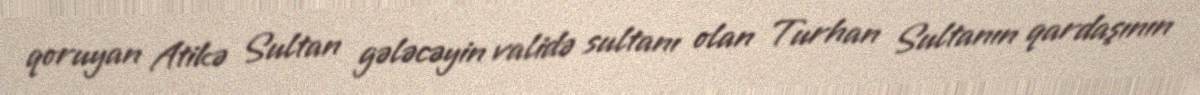
qoruyan Atikə Sultan gələcəyin validə sultanı olan Turhan Sultanın qardaşının